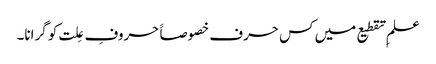
علمِ تقطیع میں کس حرف خصوصاََ حروفِ عِلت کو گرانا۔